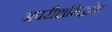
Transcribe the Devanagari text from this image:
अपरीक्षसिद्धांत